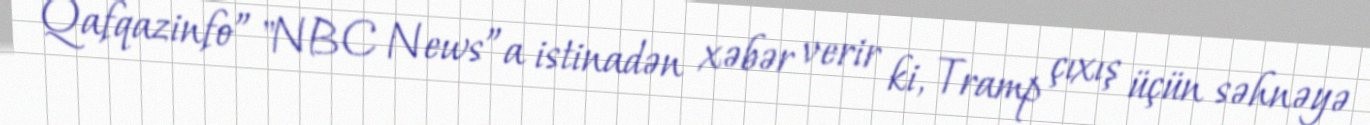
Qafqazinfo” "NBC News”a istinadən xəbər verir ki, Tramp çıxış üçün səhnəyə